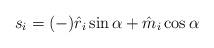
LaTeX: \begin{align*}s_i = (-)\hat r_i \sin \alpha + \hat m_i \cos\alpha\end{align*}